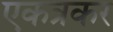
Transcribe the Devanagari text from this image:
एकत्रकर